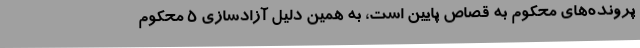
پرونده‌های محکوم به قصاص پایین است، به همین دلیل آزادسازی 5 محکوم